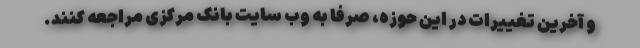
و آخرین تغییرات در این حوزه، صرفا به وب سایت بانک مرکزی مراجعه کنند.